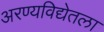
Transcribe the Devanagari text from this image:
अरण्यविद्येतला